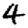
Digit: 4